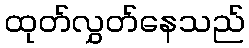
ထုတ်လွှတ်နေသည်